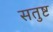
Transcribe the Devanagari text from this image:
सतुष्ट